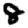
Digit: 8